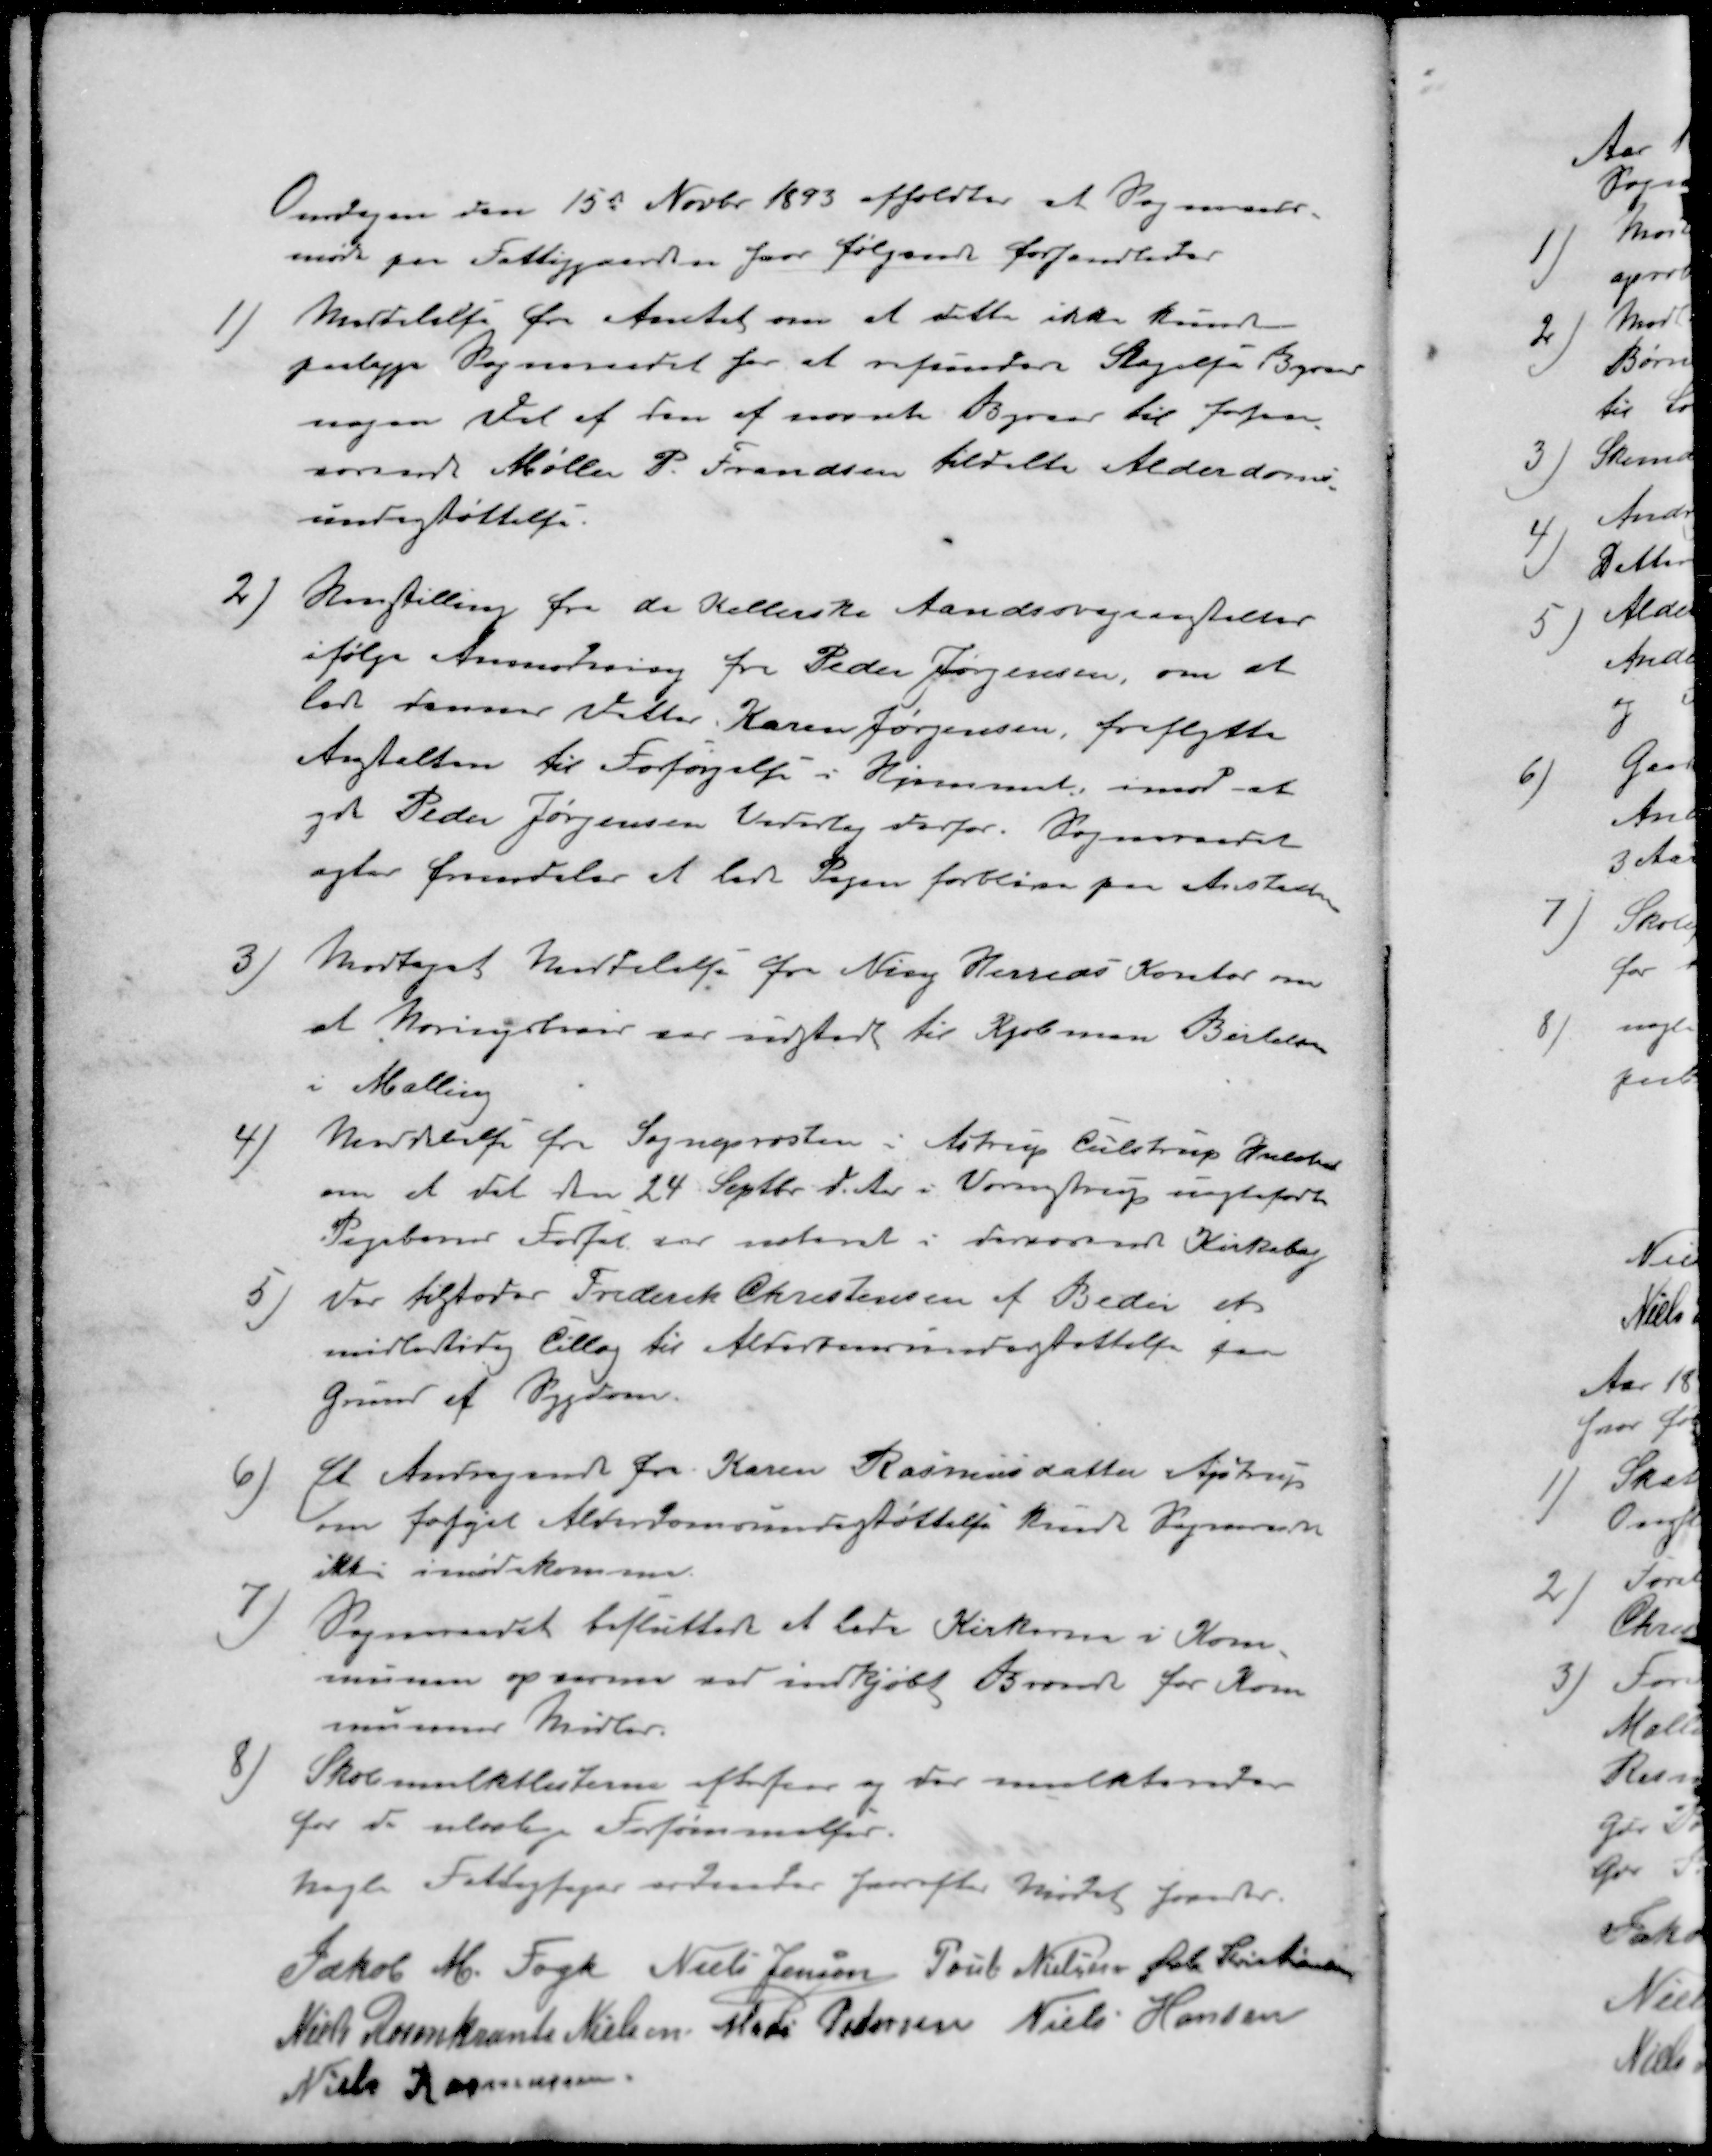
Transskription:
Onsdagen den 15d Novbr 1893 afholdtes at Sogneraads-
møde paa Fattiggaarden hvor følgende forhandledes
1 ) Meddelelse fra Amtet om at dette ikke kunde
paalægge Sogneraadet for at refundere Stagelse Byraad
nogen Del af den af nævnte Byraad til forhen-
værende Møller P. Frandsen tildelte Alderdoms-
understøttelse.
2 ) Henstilling fra de Kellerske Aandssvageanstalter
ifølge Anmodning fra Peder Jørgensen, om at
lade dennes Datter Karen Jørgensen, fraflytte
Antalten til Forsørgelse i Hjemmet, imod at
give Peder Jørgensen Vederlag derfor. Sogneraadet
agter fremdeler at lade Pigen forblive paa Anstalten
3 ) Modtaget Meddelelse fra Ning Herreds Kontor om
at Næringsbrev var udstedt til Kjøbman Bertelsen
i Malling
4 ) Meddelelse fra Sognepræsten i Astrup Tulstrup Hvilsted
om et det den 24. Septbr. d. Aar i Vormstrup uægtefødt
Pigebarn forsat var noteret i derværende Kirkebog
5 ) Der tilstodes Frederik Christensen af Beder et 
midlertidig tillæg til Alderdomsunderstøttelse paa
Grund af Sygdom.
6 ) Et Andragende fra Karen Rasmusdatter Ajstrup
om forhøjet Alderdomsunderstøttelse kunde Sogneraadet
ikke imødekomme.
7 )Sogneraadet besluttede et lade Kirkerne i Kom-
munen opvarme ved indkjøbt Brænde for Kom
munens Midler.
8) Skolemulktlisterne efterset og der mulkteredes
for de ulovlige Forsømmelser.
nogle Fattigsager ordnedes hvorefter Mødet hævedes
Jakob M. Fogh
Niels Jensen
Poul Nielsen
Øvli Kristiansen
Niels Rosenkrants Nielsen
Mads Petersen
Niels Hansen
Niels Rasmussen